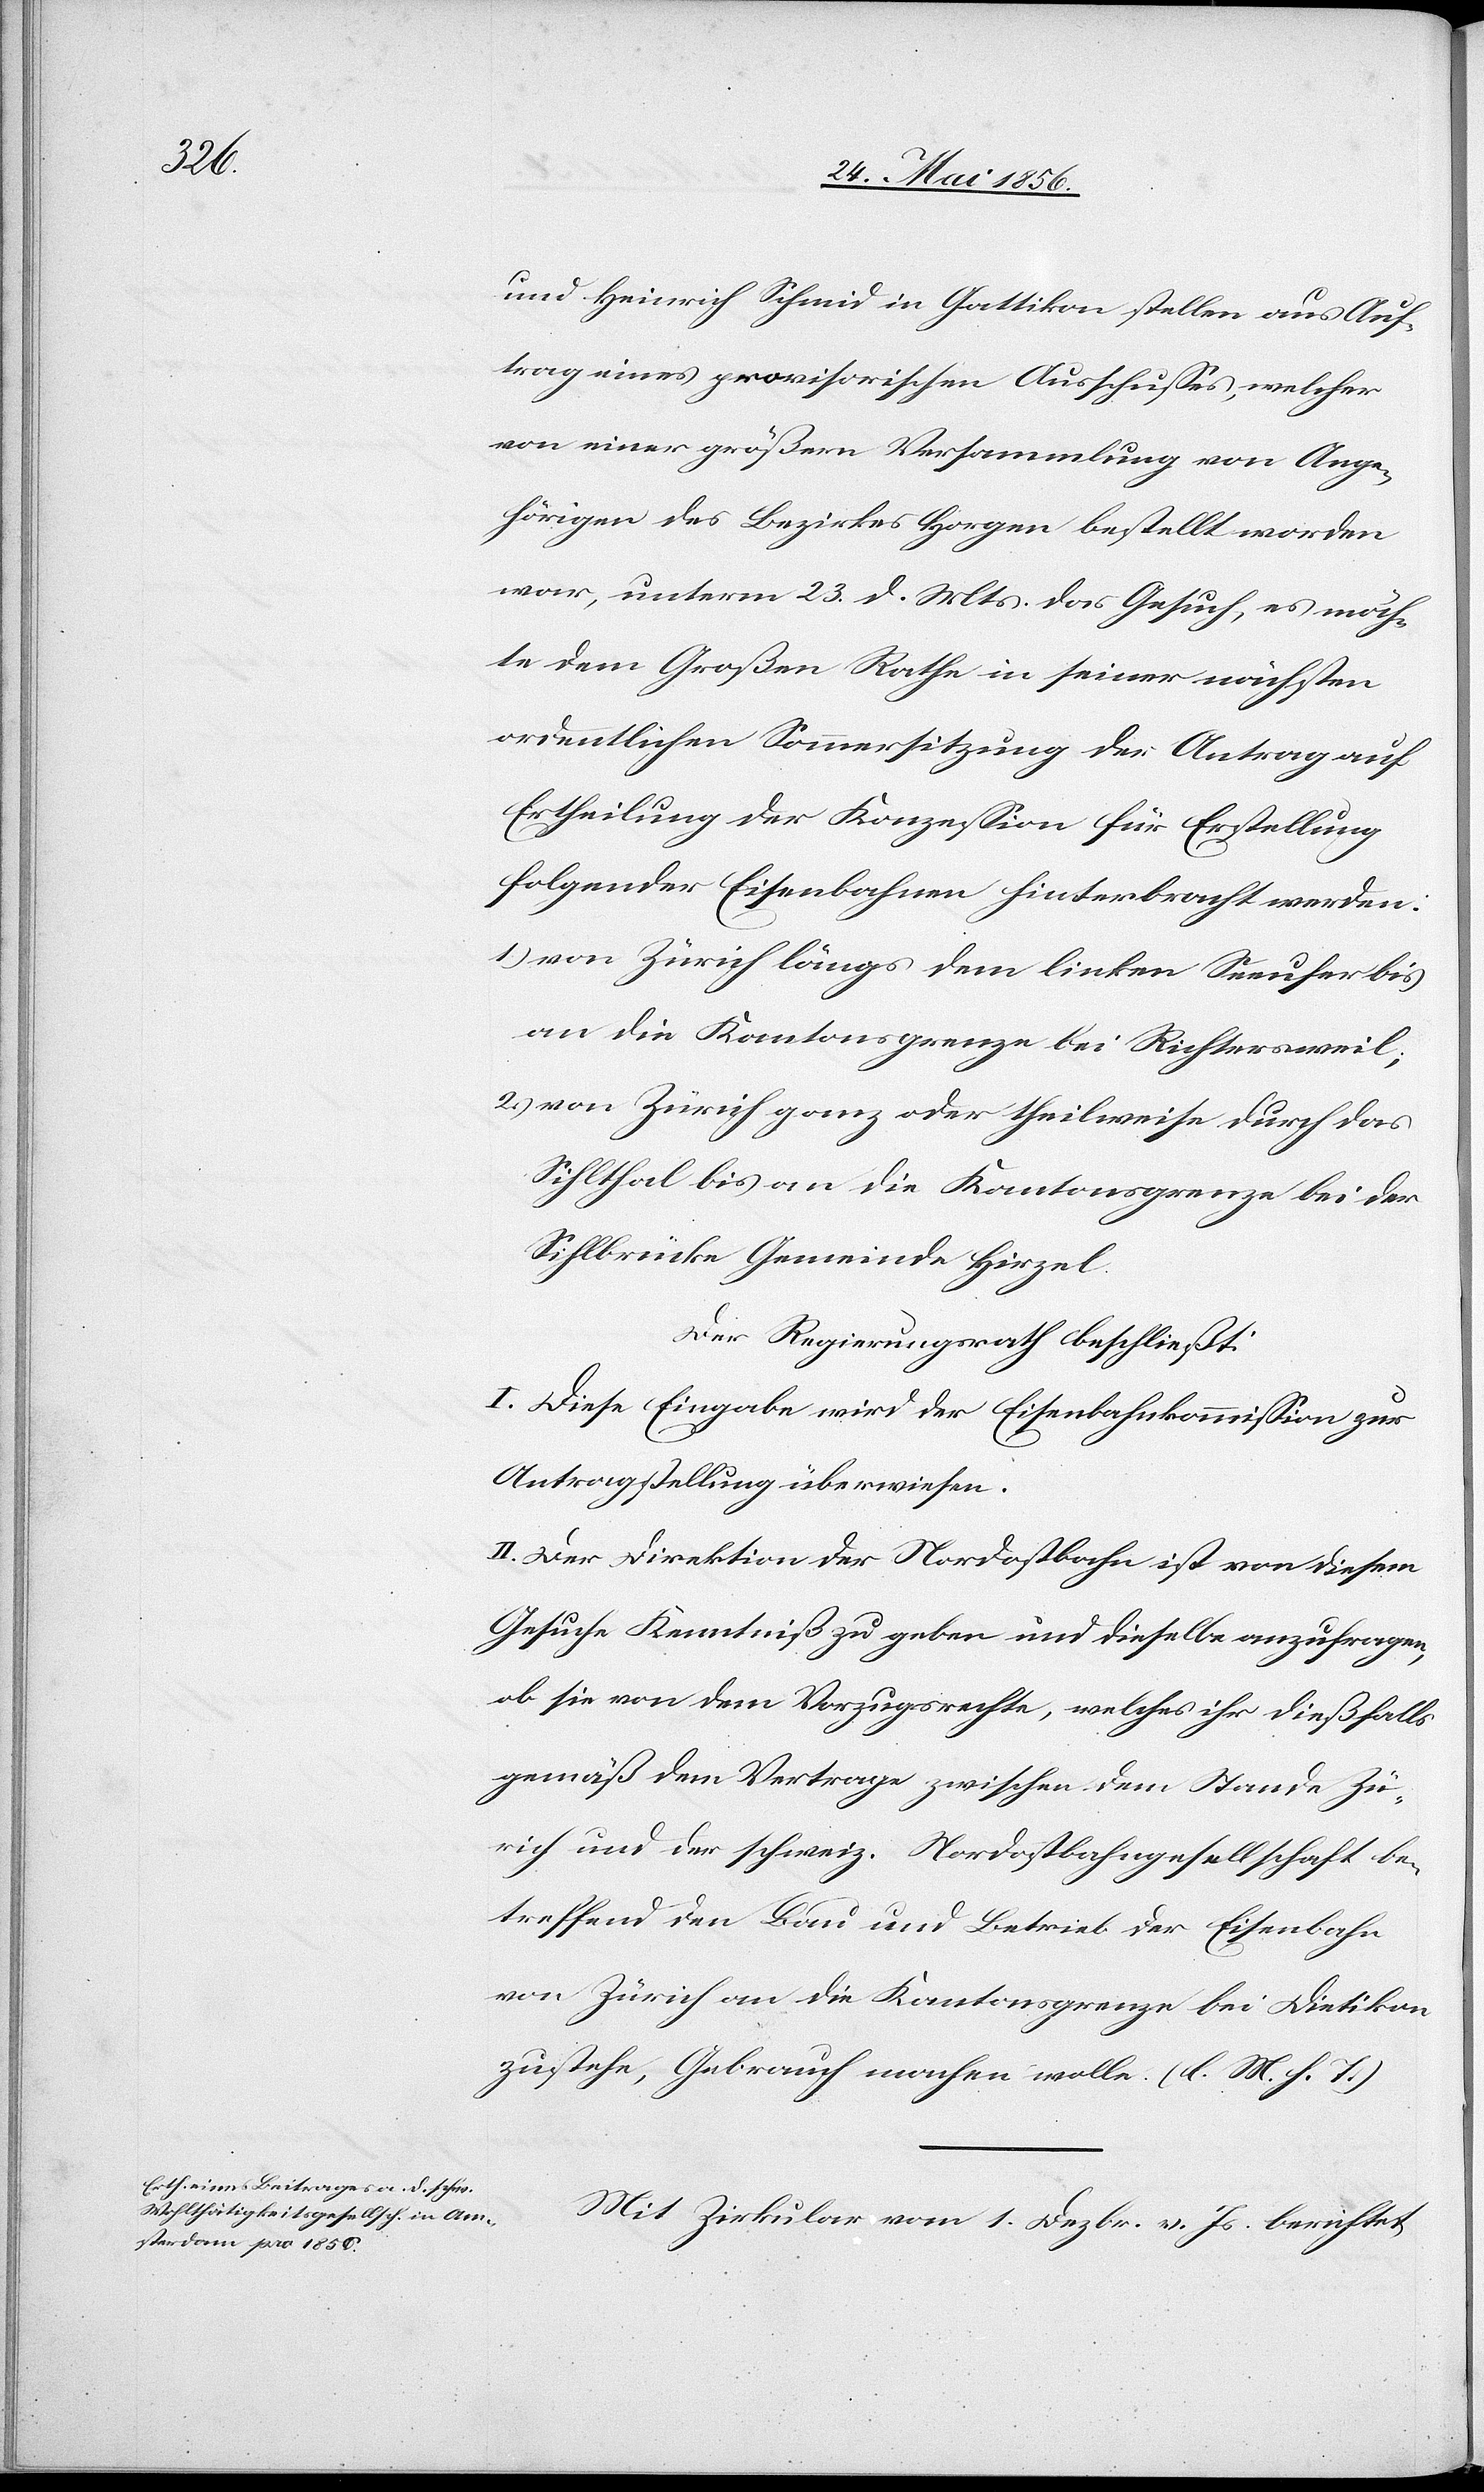
und Heinrich Schmid in Gattikon stellen aus Auf¬
trag eines provisorischen Ausschusses, welcher
von einer größern Versammlung von Ange¬
hörigen des Bezirkes Horgen bestellt worden
war, unterm 23. d. Mts. das Gesuch, es möch¬
te dem Großen Rathe in seiner nächsten
ordentlichen Sommersitzung der Antrag auf
Ertheilung der Konzession für Erstellung
folgender Eisenbahnen hinterbracht werden:
1.) von Zürich längs dem linken Seeufer bis
an die Kantonsgrenze bei Richtersweil;
2.) von Zürich ganz oder theilweise durch das
Sihlthal bis an die Kantonsgrenze bei der
Sihlbrücke Gemeinde Hirzel.
Der Regierungsrath beschließt:
I. Diese Eingabe wird der Eisenbahnkommission zur
Antragstellung überwiesen.
II. Der Direktion der Nordostbahn ist von diesem
Gesuche Kenntniß zu geben und dieselbe anzufragen,
ob sie von dem Vorzugsrechte, welches ihr dießfalls
gemäß dem Vertrage zwischen dem Stande Zü¬
rich und der schweiz. Nordostbahngesellschaft be¬
treffend den Bau und Betrieb der Eisenbahn
von Zürich an die Kantonsgrenze bei Dietikon
zustehen, Gebrauch machen wolle. (l. M. h. T.)
Mit Zirkular vom 1. Dezbr. v. Js. berichtet